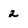
Character: 2